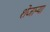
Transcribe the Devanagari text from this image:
शेजाऱ्या